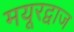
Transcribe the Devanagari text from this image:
मयूरद्वाज